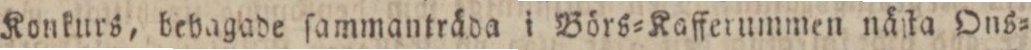
Konkurs, bebagade ſammanträda i Börs=Kaffernmmen näſta Ons=